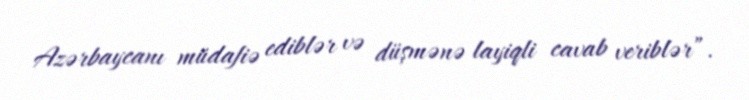
Azərbaycanı müdafiə ediblər və düşmənə layiqli cavab veriblər”.